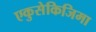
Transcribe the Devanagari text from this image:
एकुसेकिजिमा